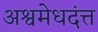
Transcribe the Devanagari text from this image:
अश्वमेधदंत्त